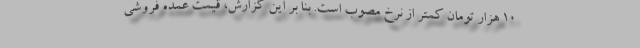
۱۰ هزار تومان کمتر از نرخ مصوب است. بنا بر این گزارش، قیمت عمده فروشی